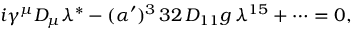
{ i \gamma ^ { \mu } D _ { \mu } \lambda ^ { * } - ( \alpha ^ { \prime } ) ^ { 3 } \, 3 2 \, D _ { 1 1 } g \, \lambda ^ { 1 5 } + \dots = 0 , }